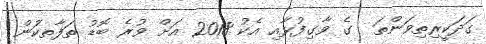
ގަދަކީރިތިވަންތަ  ގެ ވާގިފުޅާއި އެކު 2018 އަށް ވުރެ ބޮޑު ތަފާތކަުން